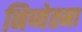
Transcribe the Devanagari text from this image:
निष्चेतना